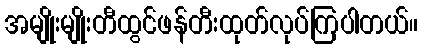
အမျိုးမျိုးတီထွင်ဖန်တီးထုတ်လုပ်ကြပါတယ်။